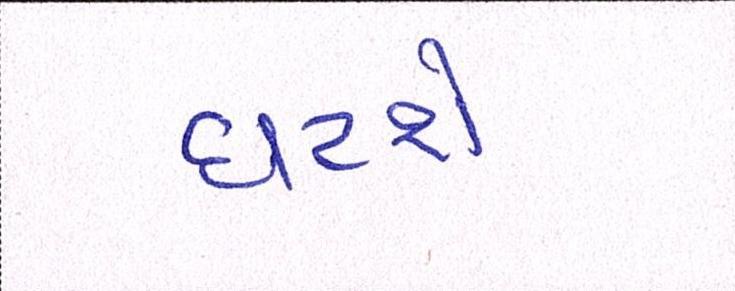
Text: ઘટશે